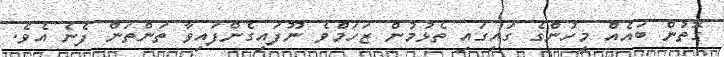
ގޮތުން ބައެއް މީހުންގެ ގައިގައި ތެޅުމުން ޒަހަމްވެ ނޫފައިގެންފައިވާ ތަންތަން ފެނެ އެވެ.